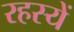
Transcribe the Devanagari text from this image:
रहस्यें